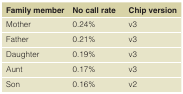
<table><thead><tr><td><b>Family member</b></td><td><b>No call rate</b></td><td><b>Chip version</b></td></tr></thead><tbody><tr><td>Mother</td><td>0.24%</td><td>v3</td></tr><tr><td>Father</td><td>0.21%</td><td>v3</td></tr><tr><td>Daughter</td><td>0.19%</td><td>v3</td></tr><tr><td>Aunt</td><td>0.17%</td><td>v3</td></tr><tr><td>Son</td><td>0.16%</td><td>v2</td></tr></tbody></table>